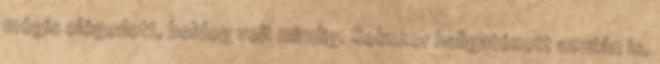
mégis elégedett, boldog volt mindig. Sokszor hallgatózott azután is,